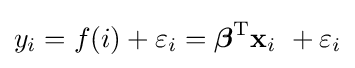
y_{i}=f(i)+\varepsilon _{i}={\boldsymbol {\beta }}^{\mathrm {T} }\mathbf {x} _{i}\ +\varepsilon _{i}